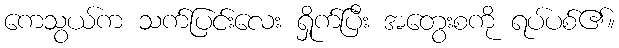
ကေသွယ်က သက်ပြင်းလေး ရှိုက်ပြီး အတွေးစကို ရပ်ပစ်၏။